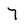
Character: 7